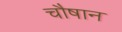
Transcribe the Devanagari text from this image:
चौषान